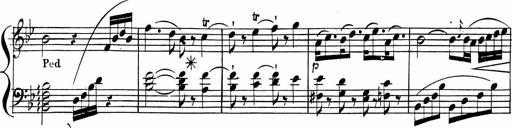
Title: 2 Piano Sonatinas
Composer: Ferdinand Ries